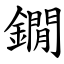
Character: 鐗